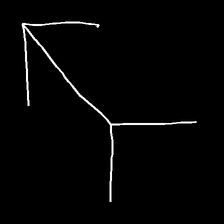
Glyph: gather